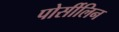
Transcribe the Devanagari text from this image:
पोर्सीलिन